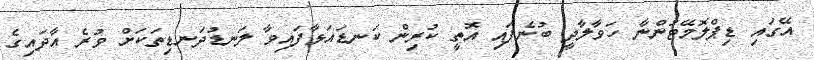
އޭގައި ޑިޕްލޮމޭޓުންނާ ހަވާލާދީ ބުނެފައި އޮތީ ކުރިން ކަނޑައަޅާފައިވާ ލަނޑުދަނޑިތަކަށް ވުރެ އާދައިގެ